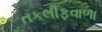
તકલીફવાળા